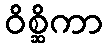
ဝိစ္ဆိကာ